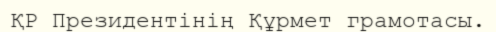
ҚР Президентінің Құрмет грамотасы.